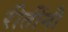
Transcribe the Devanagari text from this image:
रीतींनी